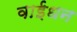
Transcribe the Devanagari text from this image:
वाईधन